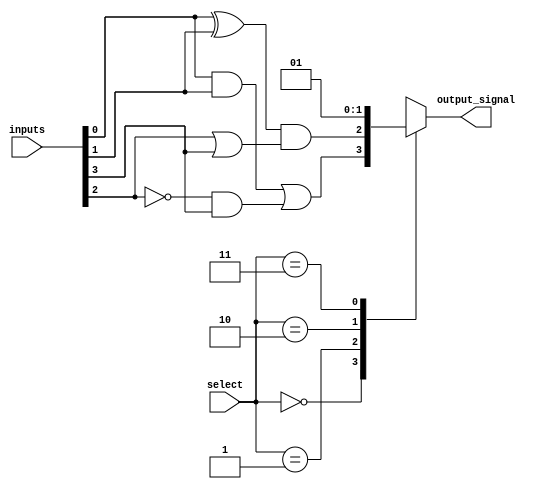
module CLB (
    input  wire [3:0]  inputs,      // 4 input signals
    input  wire [1:0]  select,      // Selector for MUX
    output wire        output_signal // Output signal
);

// LUT: 4-input LUT with programmable outputs
wire lut_output_0, lut_output_1;

// Example LUT implementations
// LUT 0: Implements some arbitrary logic function
assign lut_output_0 = (inputs[0] & inputs[1]) | (~inputs[2] & inputs[3]);

// LUT 1: Implements another arbitrary logic function
assign lut_output_1 = (inputs[0] ^ inputs[1]) & (inputs[2] | inputs[3]);

// MUX: Selects the output from one of the LUTs
reg mux_output;

always @(*) begin
    case (select)
        2'b00: mux_output = lut_output_0; // Select output from LUT 0
        2'b01: mux_output = lut_output_1; // Select output from LUT 1
        2'b10: mux_output = 1'b0;          // Example: Always output 0
        2'b11: mux_output = 1'b1;          // Example: Always output 1
        default: mux_output = 1'b0;        // Default output
    endcase
end

// Output driver
assign output_signal = mux_output;

endmodule